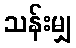
သန်းမျှ